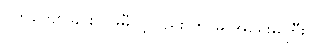
ပိုက်ကျော်ခြင်းပွဲ မမီလို့လည်း ဘာမှ အရေးမကြီး။